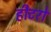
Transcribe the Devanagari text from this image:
हीटरों